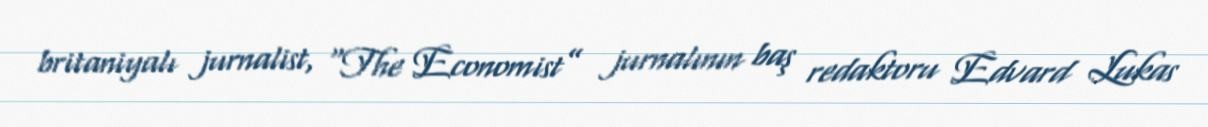
britaniyalı jurnalist, “The Economist” jurnalının baş redaktoru Edvard Lukas